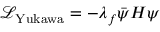
{ \mathcal { L } } _ { \mathrm { Y u k a w a } } = - \lambda _ { f } { \bar { \psi } } H \psi